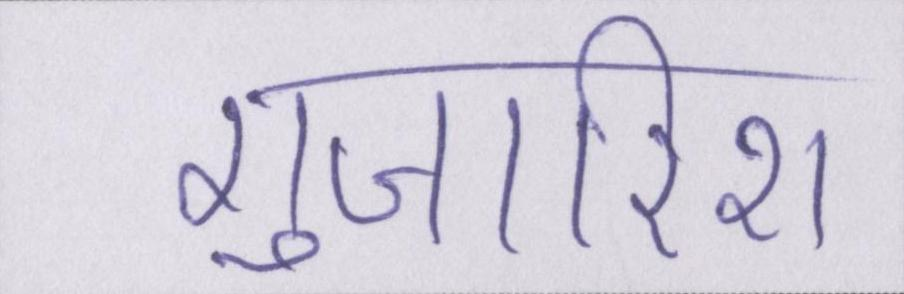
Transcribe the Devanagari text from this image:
गुजारिश